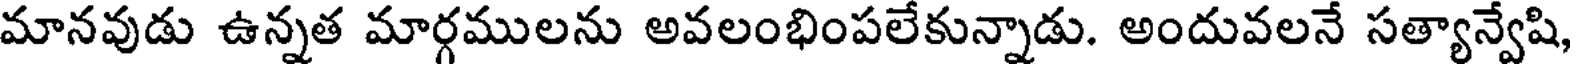
మానవుడు ఉన్నత మార్గములను అవలంభింపలేకున్నాడు. అందువలనే సత్యాన్వేషి